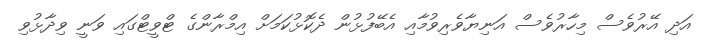
އަދި އޭރުވެސް މިހާރުވެސް އަނިޔާވެރިވުމާއި އެބޭފުޅުން ދެކޮޅުކަމަށް އިމްރާންގެ ޓްވީޓްގައި ވަނީ ވިދާޅުވި